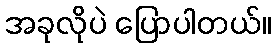
အခုလိုပဲ ပြောပါတယ်။